Source: Computer-generated
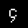
Digit: ၄ (4)